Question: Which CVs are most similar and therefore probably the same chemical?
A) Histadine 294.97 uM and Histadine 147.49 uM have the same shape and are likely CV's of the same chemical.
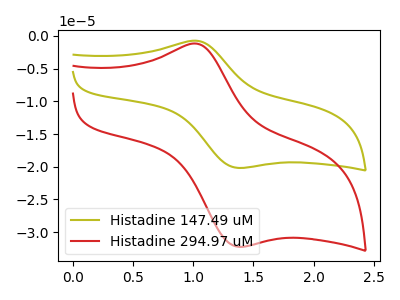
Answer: <think>The olive curve "Histadine 147.49 uM" has an anodic peak at (1.05V, -0.75uA) and a cathodic peak at (1.40V, -20.20uA). The red curve "Histadine 294.97 uM" has an anodic peak at (1.05V, -1.20uA) and a cathodic peak at (1.40V, -32.25uA).
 All the peaks in "Histadine 147.49 uM" have a peak in "Histadine 294.97 uM" at the same potential.</think>
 <answer>A) "Histadine 294.97 uM" and "Histadine 147.49 uM" have the same shape and are likely CV's of the same chemical.</answer>
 <eval>A</eval>